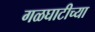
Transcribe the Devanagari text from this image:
गळघाटीच्या